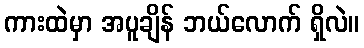
ကားထဲမှာ အပူချိန် ဘယ်လောက် ရှိလဲ။